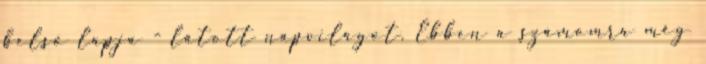
belső lapja - látott napvilágot. Ebben a számomra még